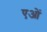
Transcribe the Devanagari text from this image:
एओं